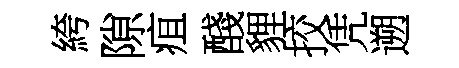
絝隙疽醆貍挍凭遡